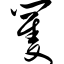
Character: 矍